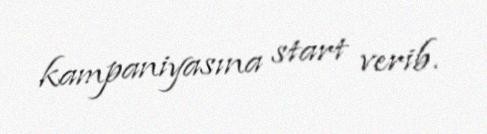
kampaniyasına start verib.